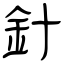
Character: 針